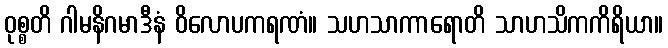
ဝုစ္စတိ ဂါမနိဂမာဒီနံ ဝိလောပကရဏံ။ သဟသာကာရောတိ သာဟသိကကိရိယာ။